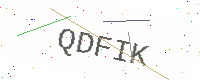
Text: QDFIK